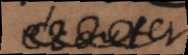
se rebuter